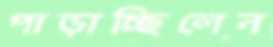
পাড়াচ্ছিলেন